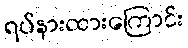
ရပ်နားထားကြောင်း